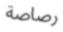
رصاصة